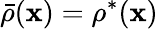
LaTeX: \bar{\rho}({\mathbf x})=\rho^{*}({\mathbf x})